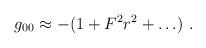
LaTeX: \begin{align*}g_{00} \approx -(1 + F^2 r^2 + \ldots)\ .\end{align*}